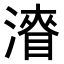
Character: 𭲛